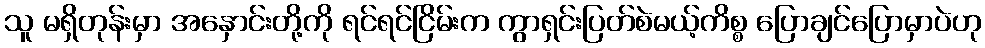
သူ မရှိတုန်းမှာ အနှောင်းတို့ကို ရင်ရင်ငြိမ်းက ကွာရှင်းပြတ်စဲမယ့်ကိစ္စ ပြောချင်ပြောမှာပဲဟု